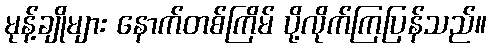
မုန့်ချိုများ နောက်တစ်ကြိမ် ပို့လိုက်ကြပြန်သည်။